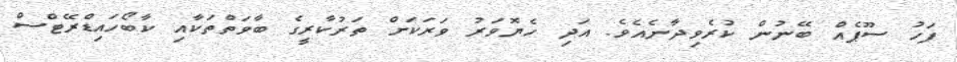
ފަހު ސޫޕެއް ބޭނުން ކުރެވިދާނެއެވެ. އަދި ހެޔޮވަރު ވަރަކަށް ތަރުކާރީގެ ބާވަތްތަކާއި ކާބޯހައިޑްރޭޓްސް